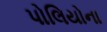
પોલિયોના